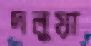
দলুয়া